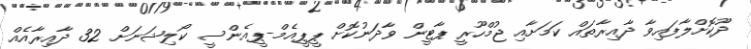
ދޫކޮށްލާފައިވާ ދާއިރާތައް ކަމަށާއި ޖުމްހޫރީ ޕާޓީން ވާދަނުކޮށް ޕީޕީއެމް-ޕީއެންސީ ކޯލިޝަނަށް 32 ދާއިރާއެއް